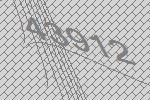
43912